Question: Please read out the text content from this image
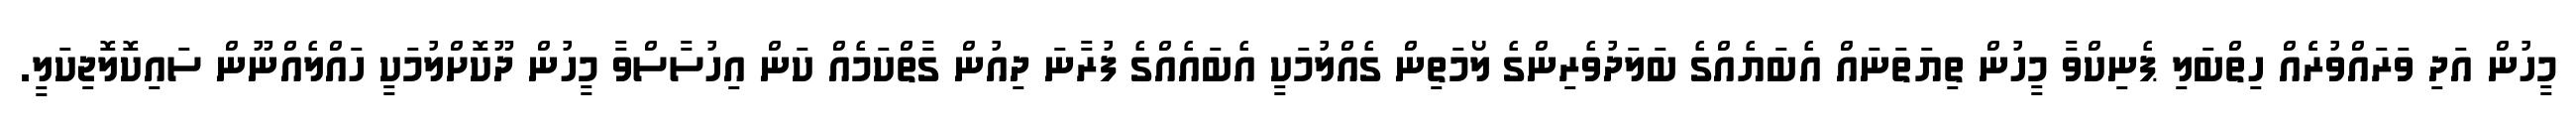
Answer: މީހުން އަދި ވަރައްވުރެެއް ހިތްބަލި ޕެނިކްވާ މީހުން ތިޔަތަނައް އެބަޔެއްގެ ބަލަދުވެރިންގެ ލޯމަތިން ގެއްލުމަކީ އެބައެއްގެ ފުރާނަ ދިއުން ގާތްކަމެއް ކަން އިހުސާސްވާ މީހުން ދޫކޮށްލުމަކީ ހައްލެއްނޫން ސައިކޮލޮޖިކަލީ.